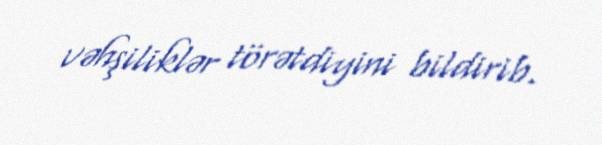
vəhşiliklər törətdiyini bildirib.